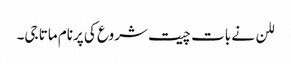
للن نے بات چیت شروع کی پرنام ماتا جی۔